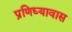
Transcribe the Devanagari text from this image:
प्रणिध्यावास